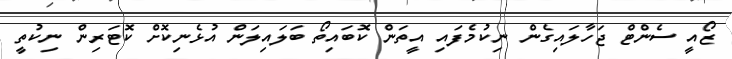
ޒޯއީ ސެންޓް ޖަހާލައިގެން ނިކުމެފައި އީތަން ކޮބައިތޯ ބަލައިލަން އުޅެނިކޮށް ކޮޓަރިން ނިކުތީ